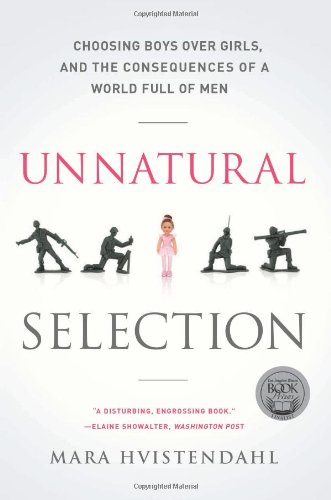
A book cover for Unnatural Selection: Choosing Boys Over Girls, and the Consequences of a World Full of Men; Mara Hvistendahl; Politics & Social Sciences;